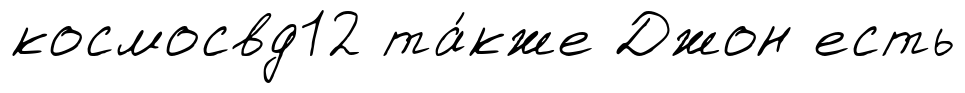
космосвд12 та́кже Джон есть